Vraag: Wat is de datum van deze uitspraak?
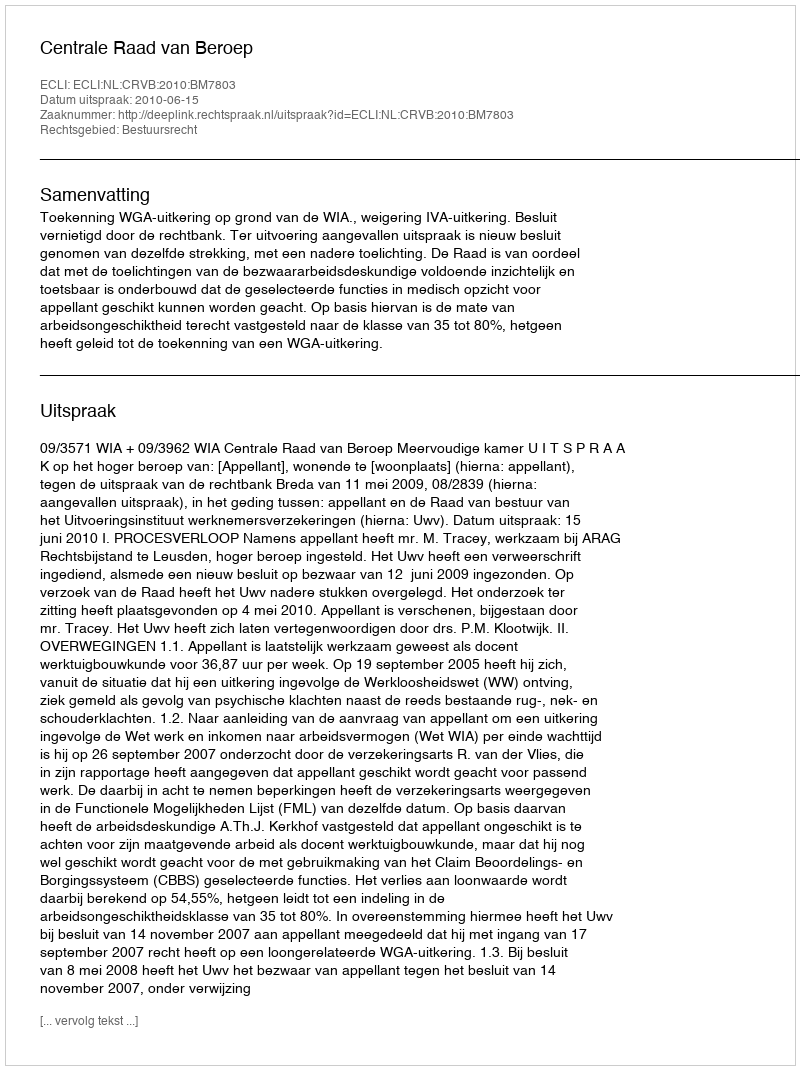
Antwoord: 2010-06-15